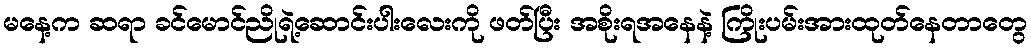
မနေ့က ဆရာ ခင်မောင်ညိုရဲ့ဆောင်းပါးလေးကို ဖတ်ပြီး အစိုးရအနေနဲ့ ကြိုးပမ်းအားထုတ်နေတာတွေ